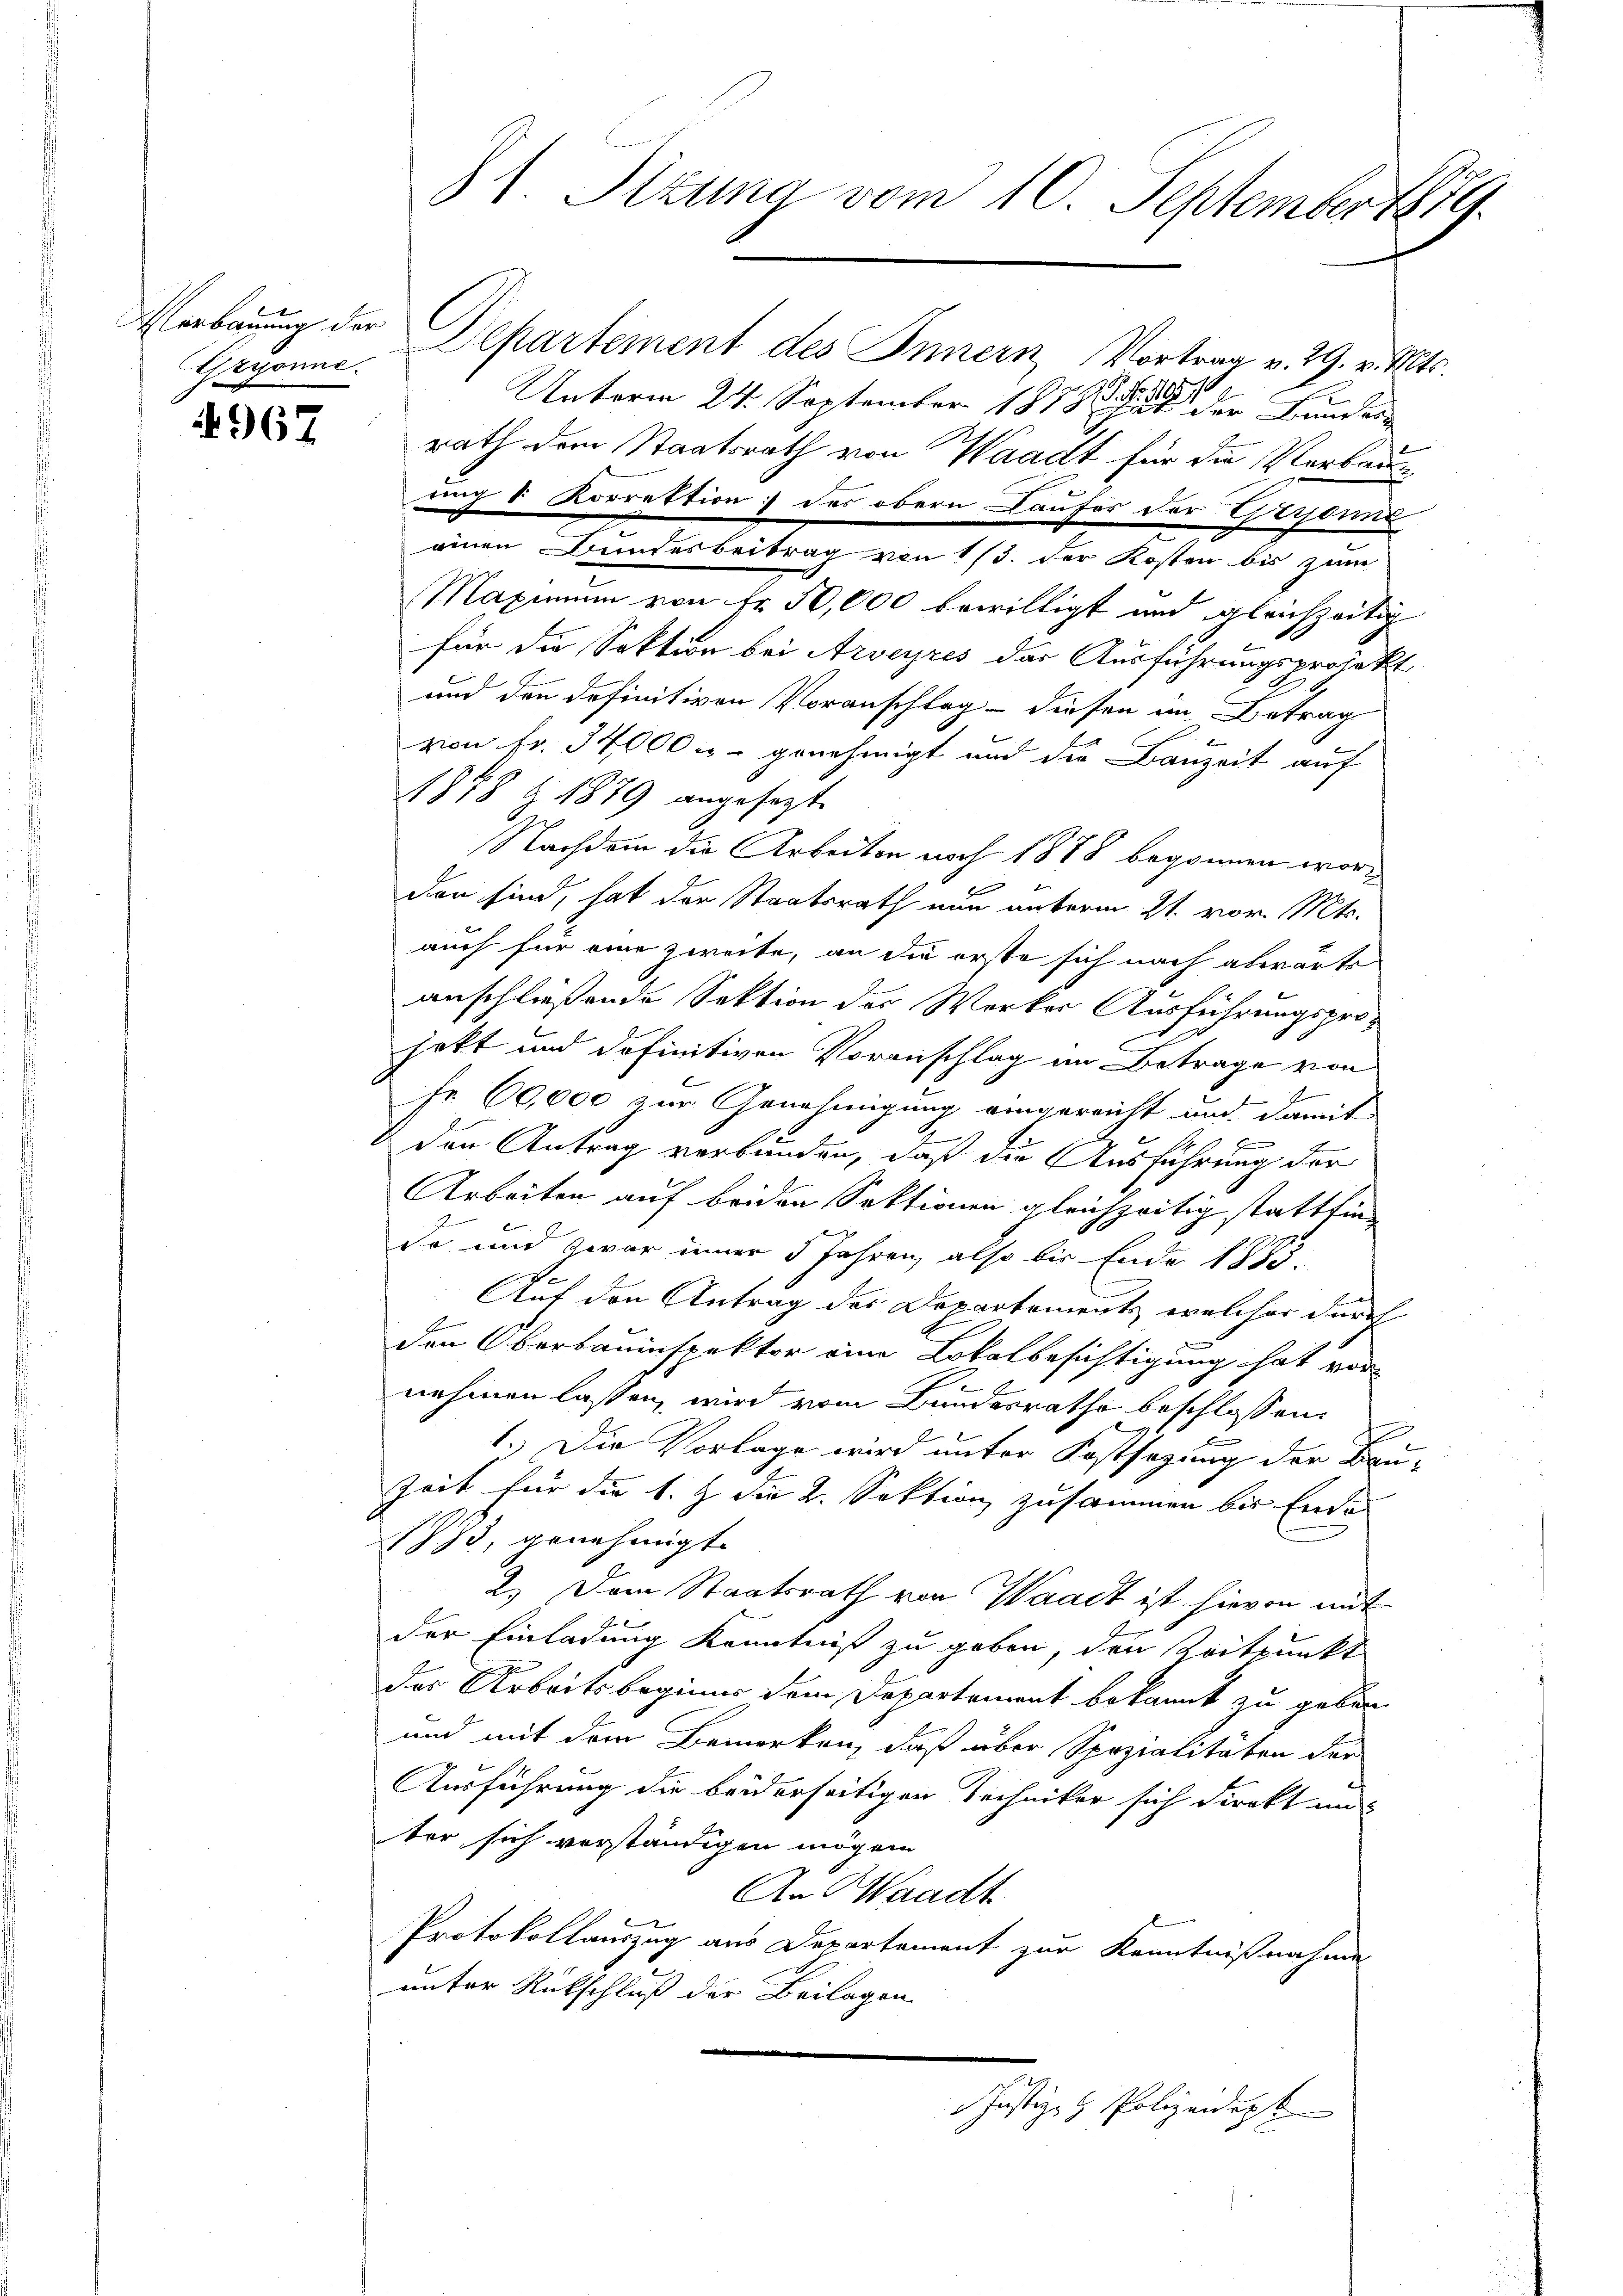
Gryonne.

4967

Verbauung der Departement des Innern Vortrag v. 29. v. Mts.
Unterm 24. September 1858 der Bundesrath dem Staatsrath von Waadt für die Verbauung 8 Korrektion des obern Caufer der Gersone
einen Bundesbeitrag von 1/3. der Kosten bis zum
Maximum von Fr. 50,000 bewilligt und gleichzeitig
für die Sektion bei Arveyres der Ausführungsprojekt
und den definitiven Voranschlag - diesen im Betrag
von Fr. 34,000 - genehmigt und die Bauzeit auf
1878 § 1879 angesetzt
Nachdem die Arbeiten noch 1878 begonnen worden sind, hat der Staatsrath nun unterm 21. vor. Mts.
auch für eine zweite, an die erste sich nach abwärts
anschließende Sektion des Werker Ausführungsproe
irkt und definitiven Voranschlag im Betrage von
1
f
Fr. 60,000 zur Genehmigung eingereicht und damit
den Antrag verbunden, daß die Ausführung der
Arbeiten auf beiden Sektionen gleichzeitig stattfind
Da und zwar inner 5 Jahren, also bis Ende 1883.
s
Auf den Antrag des Departements, welcher durch
1
den Oberbauinspektor eine Lokalbesichtigung hat vor-
nehmen lassen, wird vom Bundesrathe beschlossen:
f
.
1.) Die Vorlage wird unter Kostsagung der Bau-
Zeit für die 1. Z. die 2. Sektion zusammen bis Ende
1773, genehmigt.
2.) Dem Staatsrath von Waadt ist hievon mit
der Einladung Kenntniß zu geben, den Zeitpunkt
des Arbeits beginns dem Departement bekannt zu geben
und mit dem Bemerken, daß über Spezialitäten der
Ausführung die beiderseitigen Techniker sich direkt un
ter sich verständigen mögen
An Waadt
Protokollauszug aus Departement zur Kenntnißnahme
unter Rückschluß der Beilagen
Justiz- & Polizeidigt

81. Sizung vom 10. September 1879.